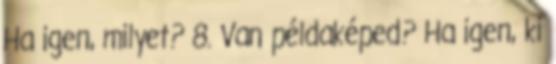
Ha igen, milyet? 8. Van példaképed? Ha igen, ki